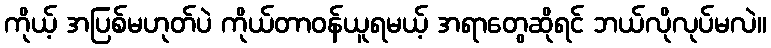
ကိုယ့် အပြစ်မဟုတ်ပဲ ကိုယ်တာဝန်ယူရမယ့် အရာတွေဆိုရင် ဘယ်လိုလုပ်မလဲ။